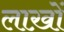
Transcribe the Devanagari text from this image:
लाख़ों